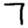
Digit: 7